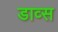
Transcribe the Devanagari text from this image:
डाव्स